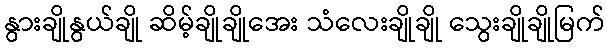
နွားချိုနွယ်ချို ဆိမ့်ချိုချိုအေး သံလေးချိုချို သွေးချိုချိုမြက်